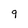
Character: 9